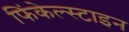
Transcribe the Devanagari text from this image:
फिंकेल्स्टाइन